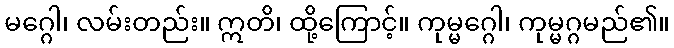
မဂ္ဂေါ၊ လမ်းတည်း။ ဣတိ၊ ထို့ကြောင့်။ ကုမ္မဂ္ဂေါ၊ ကုမ္မဂ္ဂမည်၏။